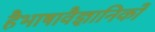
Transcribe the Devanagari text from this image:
हैभाषावैज्ञानिकों